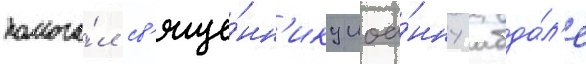
помога́л св'яще́нн'ику иоа́нну абда́л'е